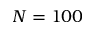
N = 1 0 0